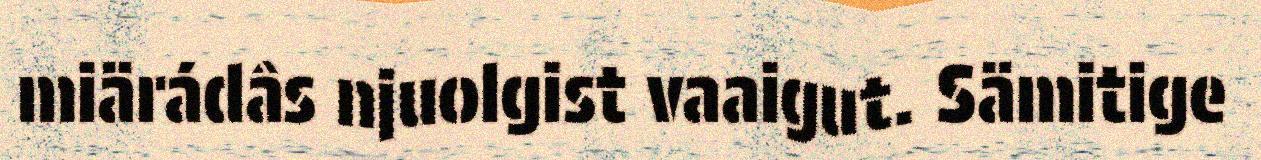
miärádâs njuolgist vaaigut. Sämitige